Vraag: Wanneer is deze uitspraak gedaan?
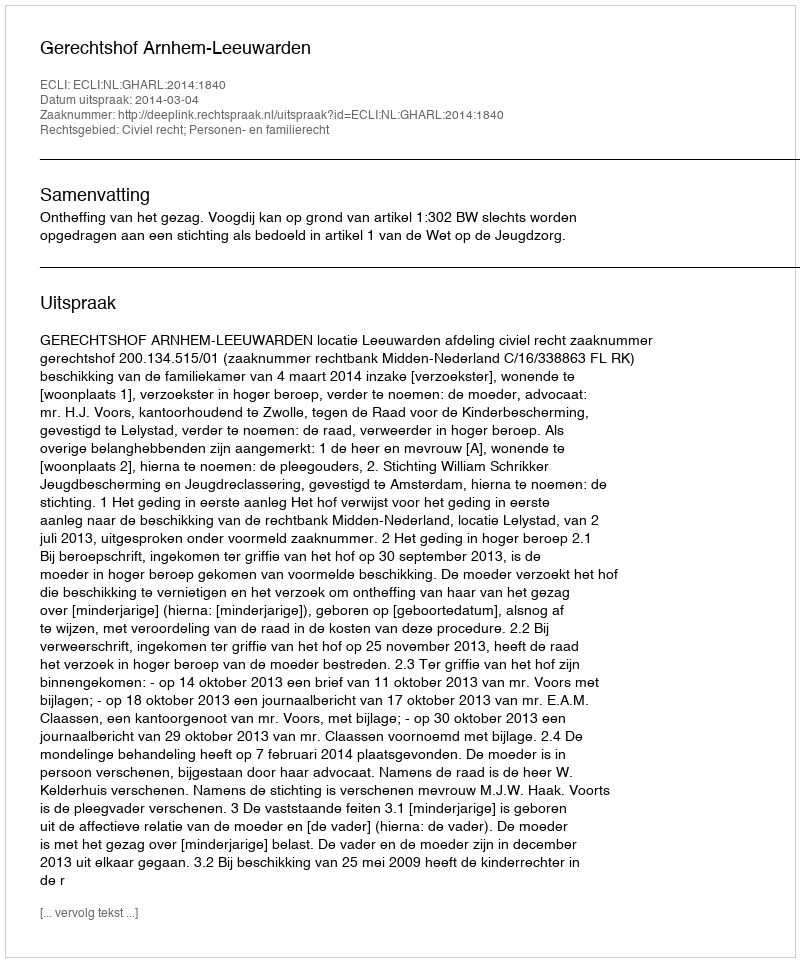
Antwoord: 2014-03-04